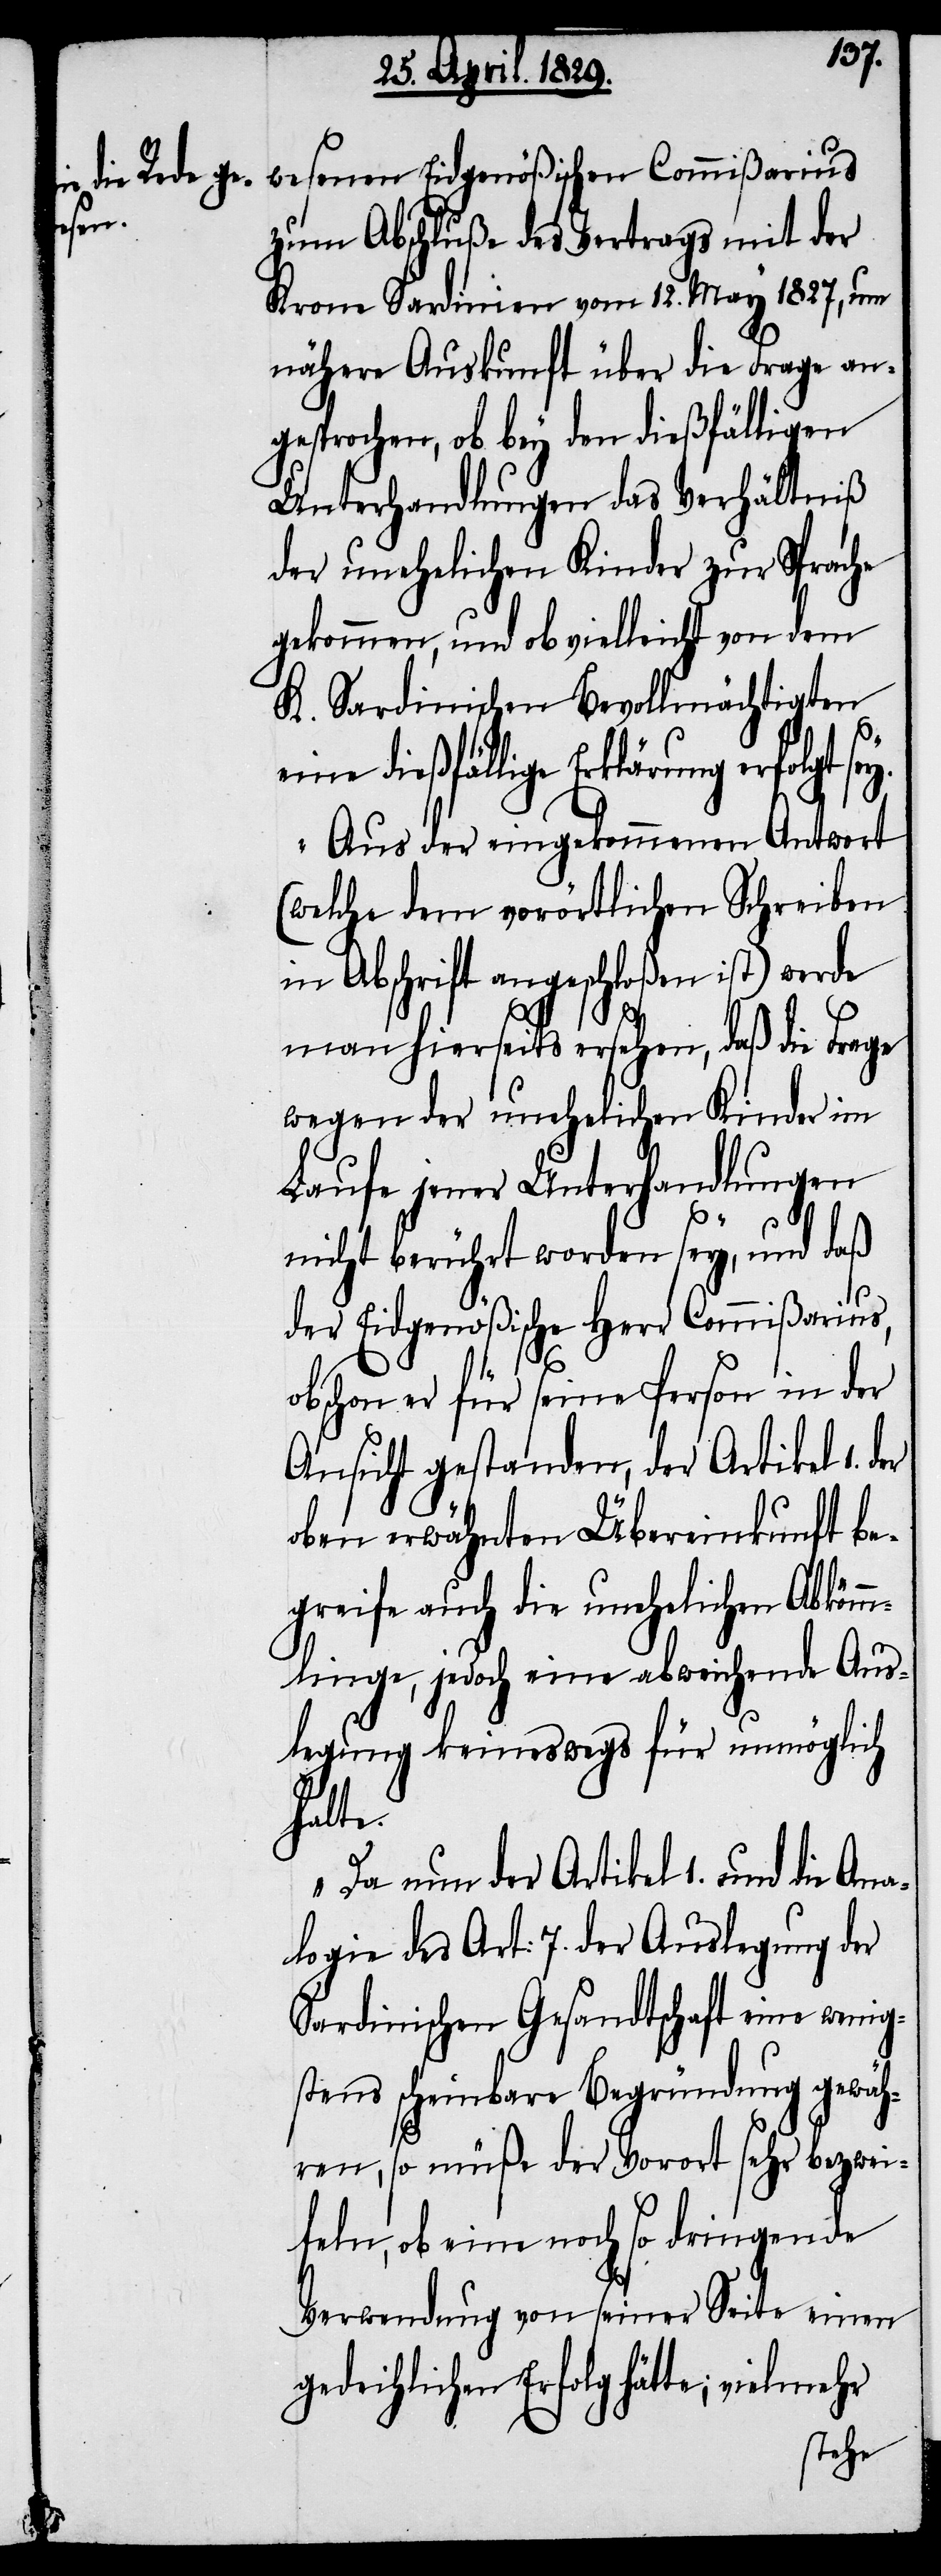
wesenen Eidgenößischen Commißarius
zum Abschluße des Vertrages mit der
Krone Sardinien vom 12. May 1827, um
nähere Auskunft über die Frage an¬
gesprochen, ob bey den dießfälligen
Unterhandlungen das Verhältniß
der unehelichen Kinder zu Sprache
gekommen, und ob vielleicht von dem
K. Sardinischen Bevollmächtigten
eine dießfällige Erklärung erfolgt
Aus der eingekommenen Antwort
(welche dem vorörtlichen Schreiben
in Abschrift angeschloßen ist) werde
man hierseits ersehen, daß die Frage
wegen der unehelichen Kinder im
Laufe jener Unterhandlungen
sey.
nicht berührt worden sey, und daß
der Eidgenößische Herr Commißarius,
obschon er für seine Person in der
Ansicht gestanden, der Artikel 1.
oben erwähnten Übereinkunft be¬
greife auch die unehelichen Abkömm¬
linge, jedoch eine abweichende Aus¬
legung keineswegs für unmöglich
halte.
Da nun der Artikel 1. und die Ana¬
logie des Art: 7. der Auslegung der
Sardinischen Gesandtschaft eine wenig¬
stens scheinbare Begründung gewäh¬
ren, so müße der Vorort sehr bezwei¬
feln, ob eine noch so dringende
Verwendung von seiner Seite einen
gedeihlichen Erfolg hätte; vielmehr